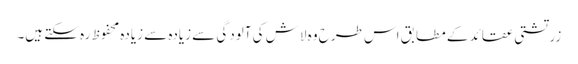
زرتشتی عقائد کے مطابق اس طرح وہ لاش کی آلودگی سے زیادہ سے زیادہ محفوظ رہ سکتے ہیں۔